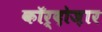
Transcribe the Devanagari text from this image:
कॉर्दोज़ार